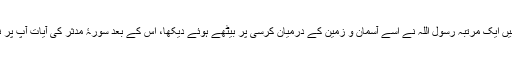
نیز کہتے ہیں ایک مرتبہ رسول اللہ نے اسے آسمان و زمین کے درمیان کرسی پر بیٹھے ہوئے دیکھا، اس کے بعد سورۂ مدثر کی آیات آپ پر نازل ہوئیں۔